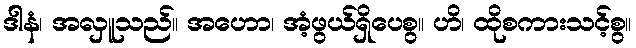
ဒါနံ၊ အလှူသည်။ အဟော၊ အံ့ဖွယ်ရှိပေစွ။ ဟိ၊ ထိုစကားသင့်စွ။